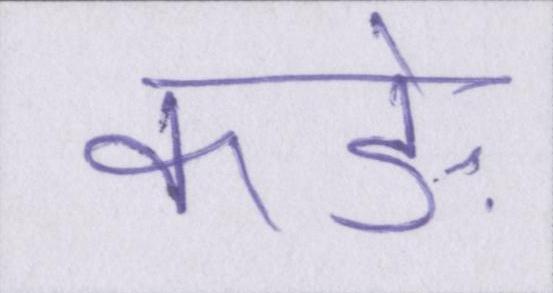
कड़े